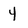
Character: 4